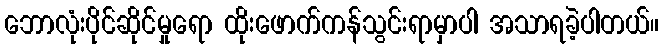
ဘောလုံးပိုင်ဆိုင်မှုရော ထိုးဖောက်ကန်သွင်းရာမှာပါ အသာရခဲ့ပါတယ်။